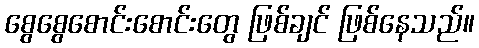
စွေစွေစောင်းစောင်းတွေ ဖြစ်ချင် ဖြစ်နေသည်။